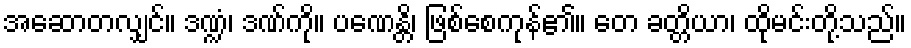
အဆောတလျှင်။ ဒဏ္ဍံ၊ ဒဏ်ကို။ ပဏေန္တိ၊ ဖြစ်စေကုန်၏။ တေ ခတ္တိယာ၊ ထိုမင်းတို့သည်။